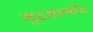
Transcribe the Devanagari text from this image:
गुदमार्गात